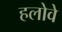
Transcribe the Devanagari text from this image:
हलोवे